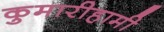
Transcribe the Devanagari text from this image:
कुमारीहामी